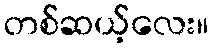
တစ်ဆယ့်လေး။